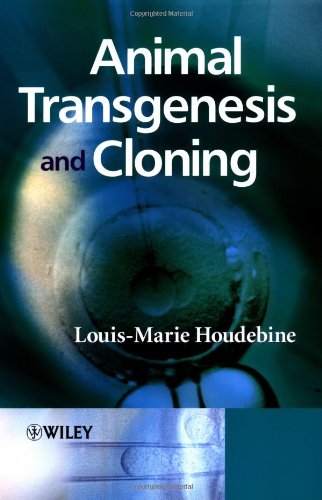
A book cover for Animal Transgenesis and Cloning; Louis-Marie Houdebine; Medical Books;